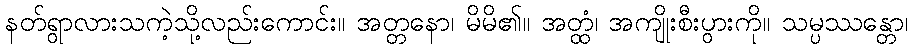
နတ်ရွာလားသကဲ့သို့လည်းကောင်း။ အတ္တနော၊ မိမိ၏။ အတ္ထံ၊ အကျိုးစီးပွားကို။ သမ္ပဿန္တော၊